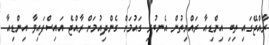
ރާއްޖޭގައި ތިބި އިންޑިއާ ރައްޔިތުން އެނބުރި ގައުމަށް ގެންދިއުމަށް ރާއްޖެ އައިސްފައިވާ އިންޑިއާ